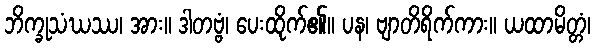
ဘိက္ခုသံဃဿ၊ အား။ ဒါတဗ္ဗံ၊ ပေးထိုက်၏။ ပန၊ ဗျာတိရိက်ကား။ ယထာမိတ္တံ၊